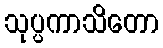
သုပ္ပကာသိတော